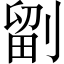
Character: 𭄁